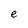
Character: e